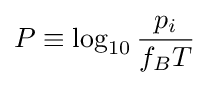
P\equiv \log _{10}{\frac {p_{i}}{f_{B}T}}